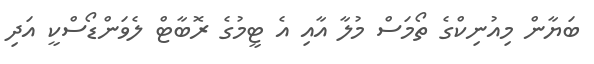
ބަޔާން މިއުނިކްގެ ތޯމަސް މުލާ އާއި އެ ޓީމުގެ ރޮބާޓް ލެވަންޑޯސްކީ އަދި